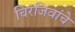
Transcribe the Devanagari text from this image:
चिरंजिवांचे